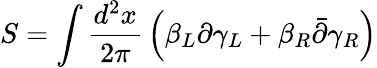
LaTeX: S=\int{\frac{d^{2}x}{2\pi}}\left(\beta_{L}\partial\gamma_{L}+\beta_{R}\bar{\partial}\gamma_{R}\right)